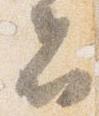
者